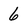
Character: 6